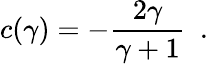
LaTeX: c(\gamma)=-{\frac{2\gamma}{\gamma+1}}~~.